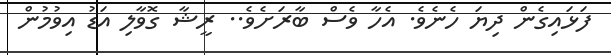
ފަޅައިގެން ދިޔަ ހެނެވެ. އެހާ ވެސް ބާރަށެވެ.. ރީޝާ ގޮވާލި އަޑު އިވުމުން